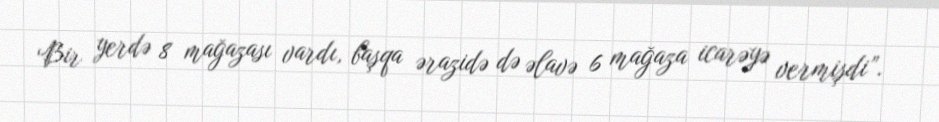
Bir yerdə 8 mağazası vardı, başqa ərazidə də əlavə 6 mağaza icarəyə vermişdi”.